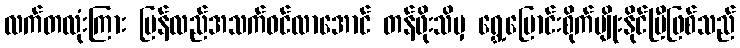
လက်တလုံးကြား ပြန်လည်အသက်ဝင်လာအောင် တန်ဖိုးသိမှ ရွှေ့ပြောင်းစိုက်ပျိုးနိုင်ပြီဖြစ်သည်